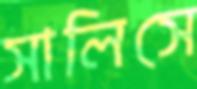
সালিসে